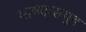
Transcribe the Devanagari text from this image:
भाषकसमूह